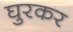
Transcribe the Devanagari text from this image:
घुरकर